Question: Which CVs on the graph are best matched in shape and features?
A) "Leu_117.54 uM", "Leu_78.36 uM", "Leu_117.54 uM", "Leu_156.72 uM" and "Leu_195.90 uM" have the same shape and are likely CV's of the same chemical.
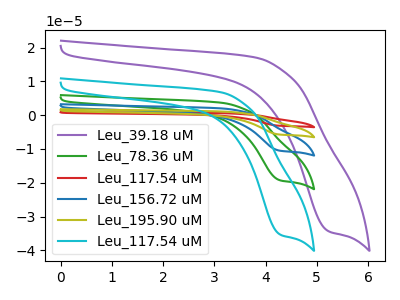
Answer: <think>The purple curve "Leu_39.18 uM" has a cathodic peak at: (5.25V, -34.35uA). The green curve "Leu_78.36 uM" has a cathodic peak at: (4.30V, -19.30uA). The red curve "Leu_117.54 uM" has a cathodic peak at: (4.30V, -77.25uA). The blue curve "Leu_156.72 uM" has a cathodic peak at: (4.30V, -38.60uA). The olive curve "Leu_195.90 uM" has a cathodic peak at: (4.30V, -57.90uA). The cyan curve "Leu_117.54 uM" has a cathodic peak at: (4.30V, -35.40uA).
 "Leu_39.18 uM" and "Leu_78.36 uM" have at least one peak that do not match. "Leu_39.18 uM" and "Leu_117.54 uM" have at least one peak that do not match. "Leu_39.18 uM" and "Leu_156.72 uM" have at least one peak that do not match. "Leu_39.18 uM" and "Leu_195.90 uM" have at least one peak that do not match. "Leu_39.18 uM" and "Leu_117.54 uM" have at least one peak that do not match. All the peaks in "Leu_78.36 uM" have a peak in "Leu_117.54 uM" at the same potential. Every peak in "Leu_78.36 uM" is lower than every peak in "Leu_117.54 uM". All the peaks in "Leu_78.36 uM" have a peak in "Leu_156.72 uM" at the same potential. Every peak in "Leu_78.36 uM" is lower than every peak in "Leu_156.72 uM". All the peaks in "Leu_78.36 uM" have a peak in "Leu_195.90 uM" at the same potential. Every peak in "Leu_78.36 uM" is lower than every peak in "Leu_195.90 uM". All the peaks in "Leu_78.36 uM" have a peak in "Leu_117.54 uM" at the same potential. Every peak in "Leu_78.36 uM" is lower than every peak in "Leu_117.54 uM". All the peaks in "Leu_117.54 uM" have a peak in "Leu_156.72 uM" at the same potential. Every peak in "Leu_117.54 uM" is higher than every peak in "Leu_156.72 uM". All the peaks in "Leu_117.54 uM" have a peak in "Leu_195.90 uM" at the same potential. Every peak in "Leu_117.54 uM" is higher than every peak in "Leu_195.90 uM". All the peaks in "Leu_117.54 uM" have a peak in "Leu_117.54 uM" at the same potential. Every peak in "Leu_117.54 uM" is higher than every peak in "Leu_117.54 uM". All the peaks in "Leu_156.72 uM" have a peak in "Leu_195.90 uM" at the same potential. Every peak in "Leu_156.72 uM" is lower than every peak in "Leu_195.90 uM". All the peaks in "Leu_156.72 uM" have a peak in "Leu_117.54 uM" at the same potential. Every peak in "Leu_156.72 uM" is higher than every peak in "Leu_117.54 uM". All the peaks in "Leu_195.90 uM" have a peak in "Leu_117.54 uM" at the same potential. Every peak in "Leu_195.90 uM" is higher than every peak in "Leu_117.54 uM".</think>
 <answer>A) "Leu_117.54 uM", "Leu_78.36 uM", "Leu_117.54 uM", "Leu_156.72 uM" and "Leu_195.90 uM" have the same shape and are likely CV's of the same chemical.</answer>
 <eval>A</eval>